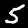
Digit: 5